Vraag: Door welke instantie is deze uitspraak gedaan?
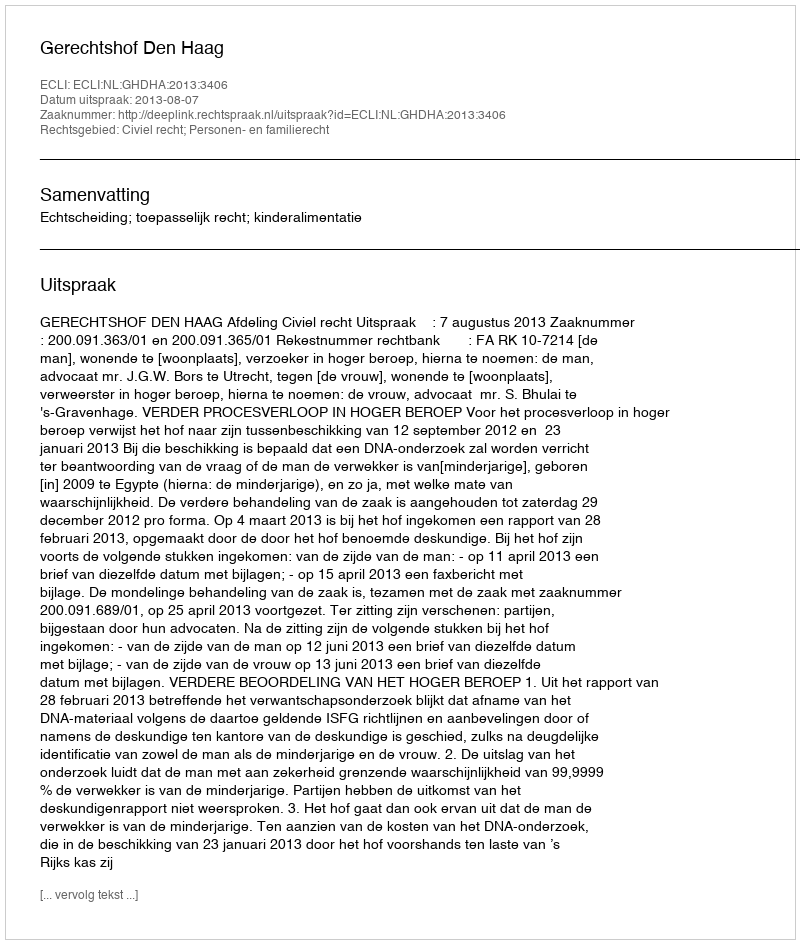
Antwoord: Gerechtshof Den Haag